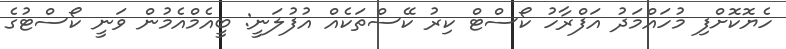
ހެޔޮކޮށްފި މުހައްމަދު އަފްރާހު ކޯސްޓް ކިރު ކޭސްތަކެއް އުފުލަނީ: ބީއެމްއެމުން ވަނީ ކޯސްޓުގެ